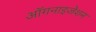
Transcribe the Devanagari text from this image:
ऑगनाइजेशन